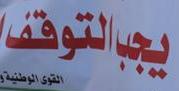
يجب